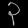
Digit: ၃